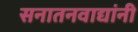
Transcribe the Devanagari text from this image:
सनातनवाद्यांनी